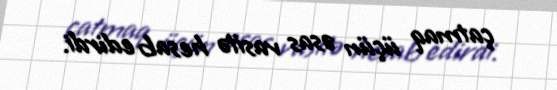
çatmaq üçün əsas vasitə hesab edirdi.